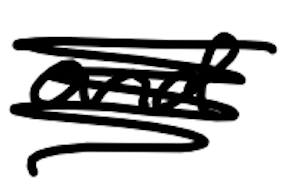
Text: and
Cross-out: scratch
Writing tool: digital_black